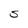
Character: S